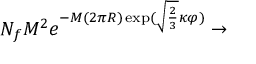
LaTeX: N _ { f } M ^ { 2 } e ^ { - M ( 2 \pi R ) \exp ( \sqrt { \frac 2 3 } \kappa \varphi ) } \rightarrow